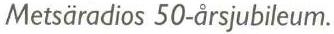
Metsäradios 50-årsjubileum.